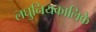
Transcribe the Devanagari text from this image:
लघुनियकालिके